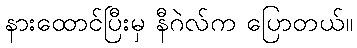
နားထောင်ပြီးမှ နီဂဲလ်က ပြောတယ်။